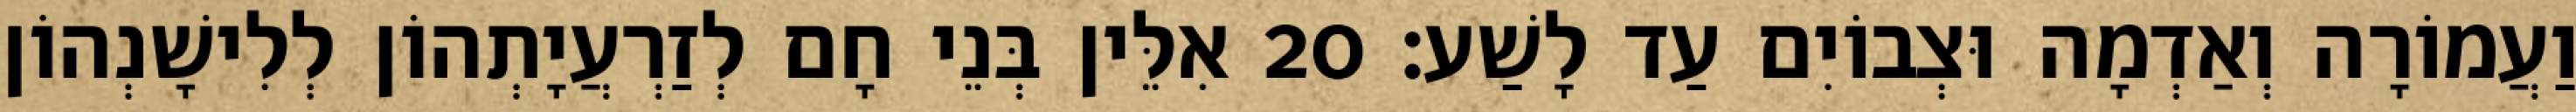
וַעֲמוֹרָה וְאַדְמָה וּצְבוֹיִם עַד לָשַׁע׃ 20 אִלֵּין בְּנֵי חָם לְזַרְעֲיָתְהוֹן לְלִישָׁנְהוֹן